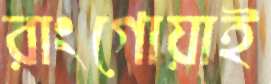
রাংগোয়াই